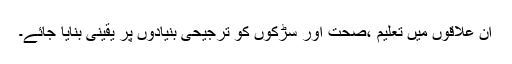
ان علاقوں میں تعلیم ،صحت اور سڑکوں کو ترجیحی بنیادوں پر یقینی بنایا جائے۔